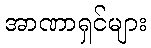
အာဏာရှင်များ